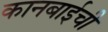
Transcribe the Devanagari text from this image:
कानबाईची